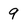
Character: 9